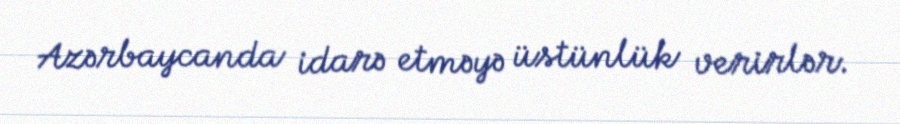
Azərbaycanda idarə etməyə üstünlük verirlər.